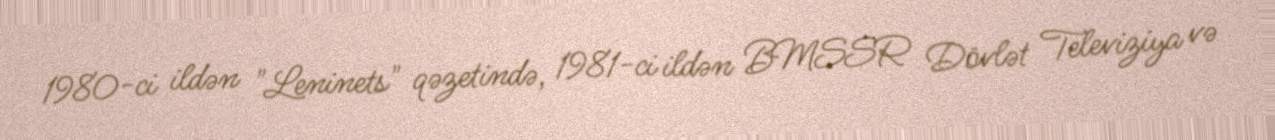
1980-ci ildən "Leninets" qəzetində, 1981-ci ildən BMSSR Dövlət Televiziya və